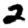
Digit: 2